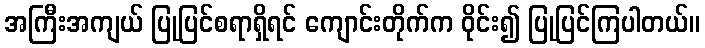
အကြီးအကျယ် ပြုပြင်စရာရှိရင် ကျောင်းတိုက်က ဝိုင်း၍ ပြုပြင်ကြပါတယ်။